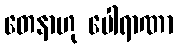
တေနာဟု ပေါရာဏာ